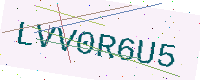
Text: LVV0R6U5